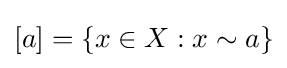
[a]=\{x\in X:x\sim a\}